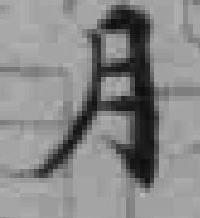
月